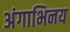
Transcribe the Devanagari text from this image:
अंगाभिनय